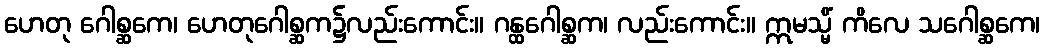
ဟေတု ဂေါစ္ဆကေ၊ ဟေတုဂေါစ္ဆက၌လည်းကောင်း။ ဂန္ထဂေါစ္ဆက၊ လည်းကောင်း။ ဣမသ္မိံ ကိလေ သဂေါစ္ဆကေ၊